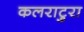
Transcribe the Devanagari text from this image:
कलराटुरा